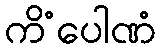
ကိံပေါဏံ